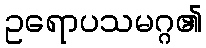
ဥရောပသမဂ္ဂ၏